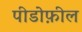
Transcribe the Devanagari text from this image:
पीडोफ़ील